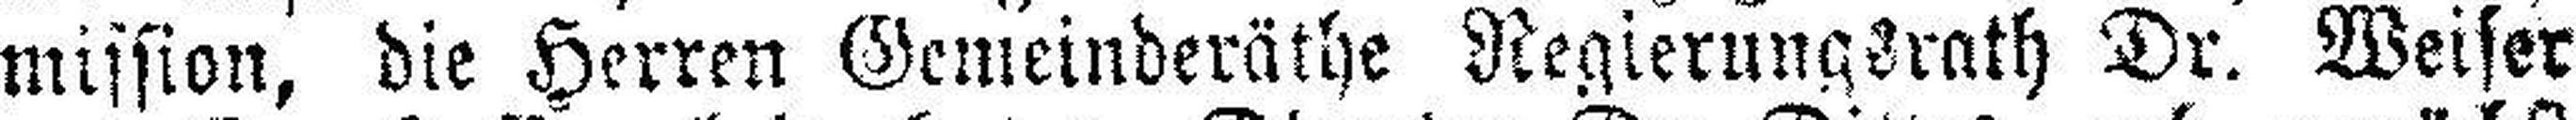
mission, die Herren Gemeinderäthe Regierungsrath Dr. Weiser